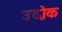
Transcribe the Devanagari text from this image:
उदोक